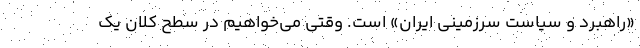
«راهبرد و سیاست سرزمینی ایران» است. وقتی می‌خواهیم در سطح کلان یک